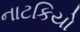
નાટકિયો